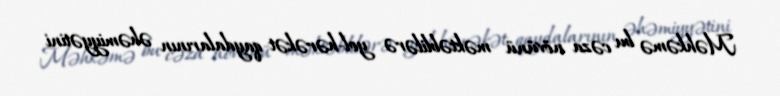
Məhkəmə bu cəza növünü məktəblilərə yol-hərəkət qaydalarının əhəmiyyətini